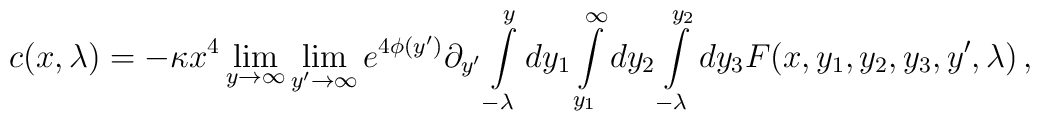
c(x,\lambda )= - \kappa x^4 \lim_{y\rightarrow\infty} \lim_{y'\rightarrow\infty} e^{4\phi (y')}  \partial_{y'}\int\limits_{-\lambda }^{y}dy_1\int\limits_{y_1}^{\infty}dy_2\int\limits_{-\lambda }^{y_2}dy_3 F(x,y_1,y_2,y_3,y',\lambda )\,,